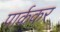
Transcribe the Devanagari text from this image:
पार्ककर